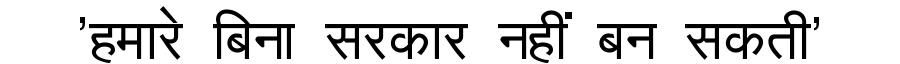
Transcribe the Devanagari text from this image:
'हमारे बिना सरकार नहीं बन सकती'